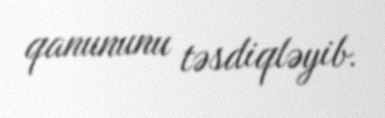
qanununu təsdiqləyib.